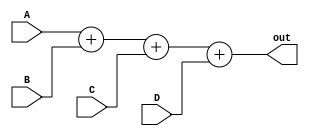
module adder (A,B,C,D,out);

	input A,B,C,D;
	output [3:0]out;
	
	assign out=A+B+C+D;
	
endmodule